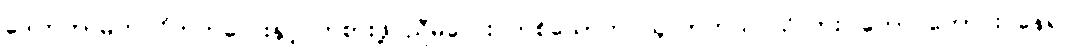
ဒေါက်တာမိက ဝိတ်ကလေးနှင့် ကစားဖို့ ညီမလေး တစ်ယောက် ယူလာတယ် သိလား၊ ကောင်ကောင်း နေရင်